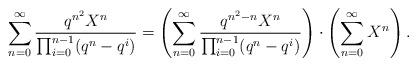
LaTeX: \begin{align*}\sum_{n=0}^\infty \frac{q^{n^2} X^n}{\prod_{i=0}^{n-1}(q^n-q^i)} = \left(\sum_{n=0}^\infty \frac{q^{n^2-n}X^n}{\prod_{i=0}^{n-1}(q^n-q^i)}\right) \cdot \left(\sum_{n=0}^\infty X^n\right).\end{align*}